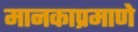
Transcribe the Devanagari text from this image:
मानकाप्रमाणे